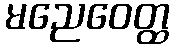
မညေဝေတ္ထ